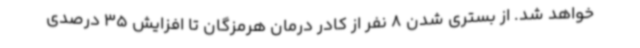
خواهد شد. از بستری شدن 8 نفر از کادر درمان هرمزگان تا افزایش 35 درصدی